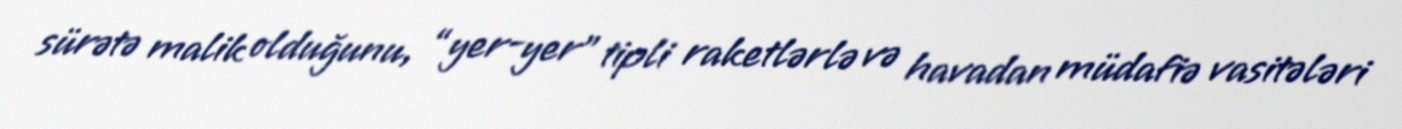
sürətə malik olduğunu, “yer-yer” tipli raketlərlə və havadan müdafiə vasitələri